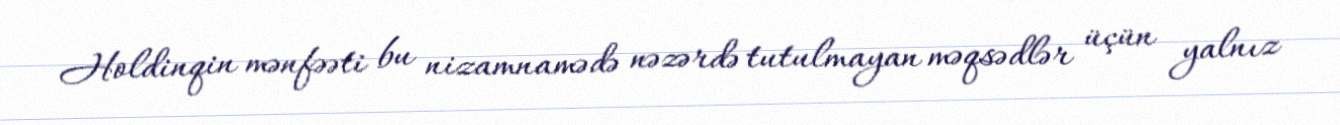
Holdinqin mənfəəti bu nizamnamədə nəzərdə tutulmayan məqsədlər üçün yalnız